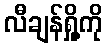
လီချန်ရှို့ကို